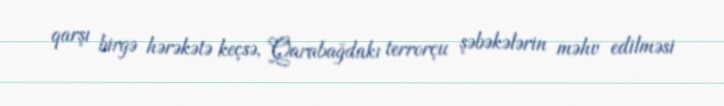
qarşı birgə hərəkətə keçsə, Qarabağdakı terrorçu şəbəkələrin məhv edilməsi